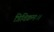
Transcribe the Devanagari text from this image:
त्रिविक्रमः।।